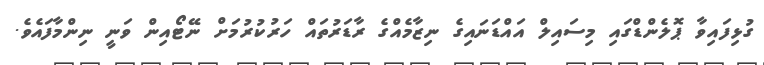
ގުޅިފައިވާ ޕޮލެންޑްގައި މިސައިލް އައްޑަނައިގެ ނިޒާމެއްގެ ރާޑަރުތައް ހަރުކުރުމަށް ނޭޓޯއިން ވަނީ ނިންމާފައެވެ.